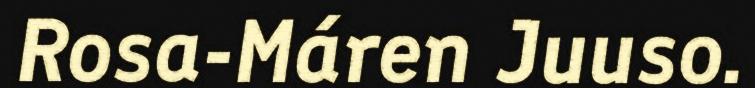
Rosa-Máren Juuso.